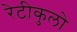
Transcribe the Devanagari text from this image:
रेटीकुलो